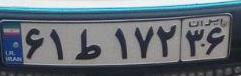
۶۱ط۱۷۲۳۶